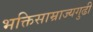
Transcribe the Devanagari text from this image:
भक्तिसाम्राज्यगुढी